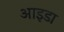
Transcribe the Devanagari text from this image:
आइडा